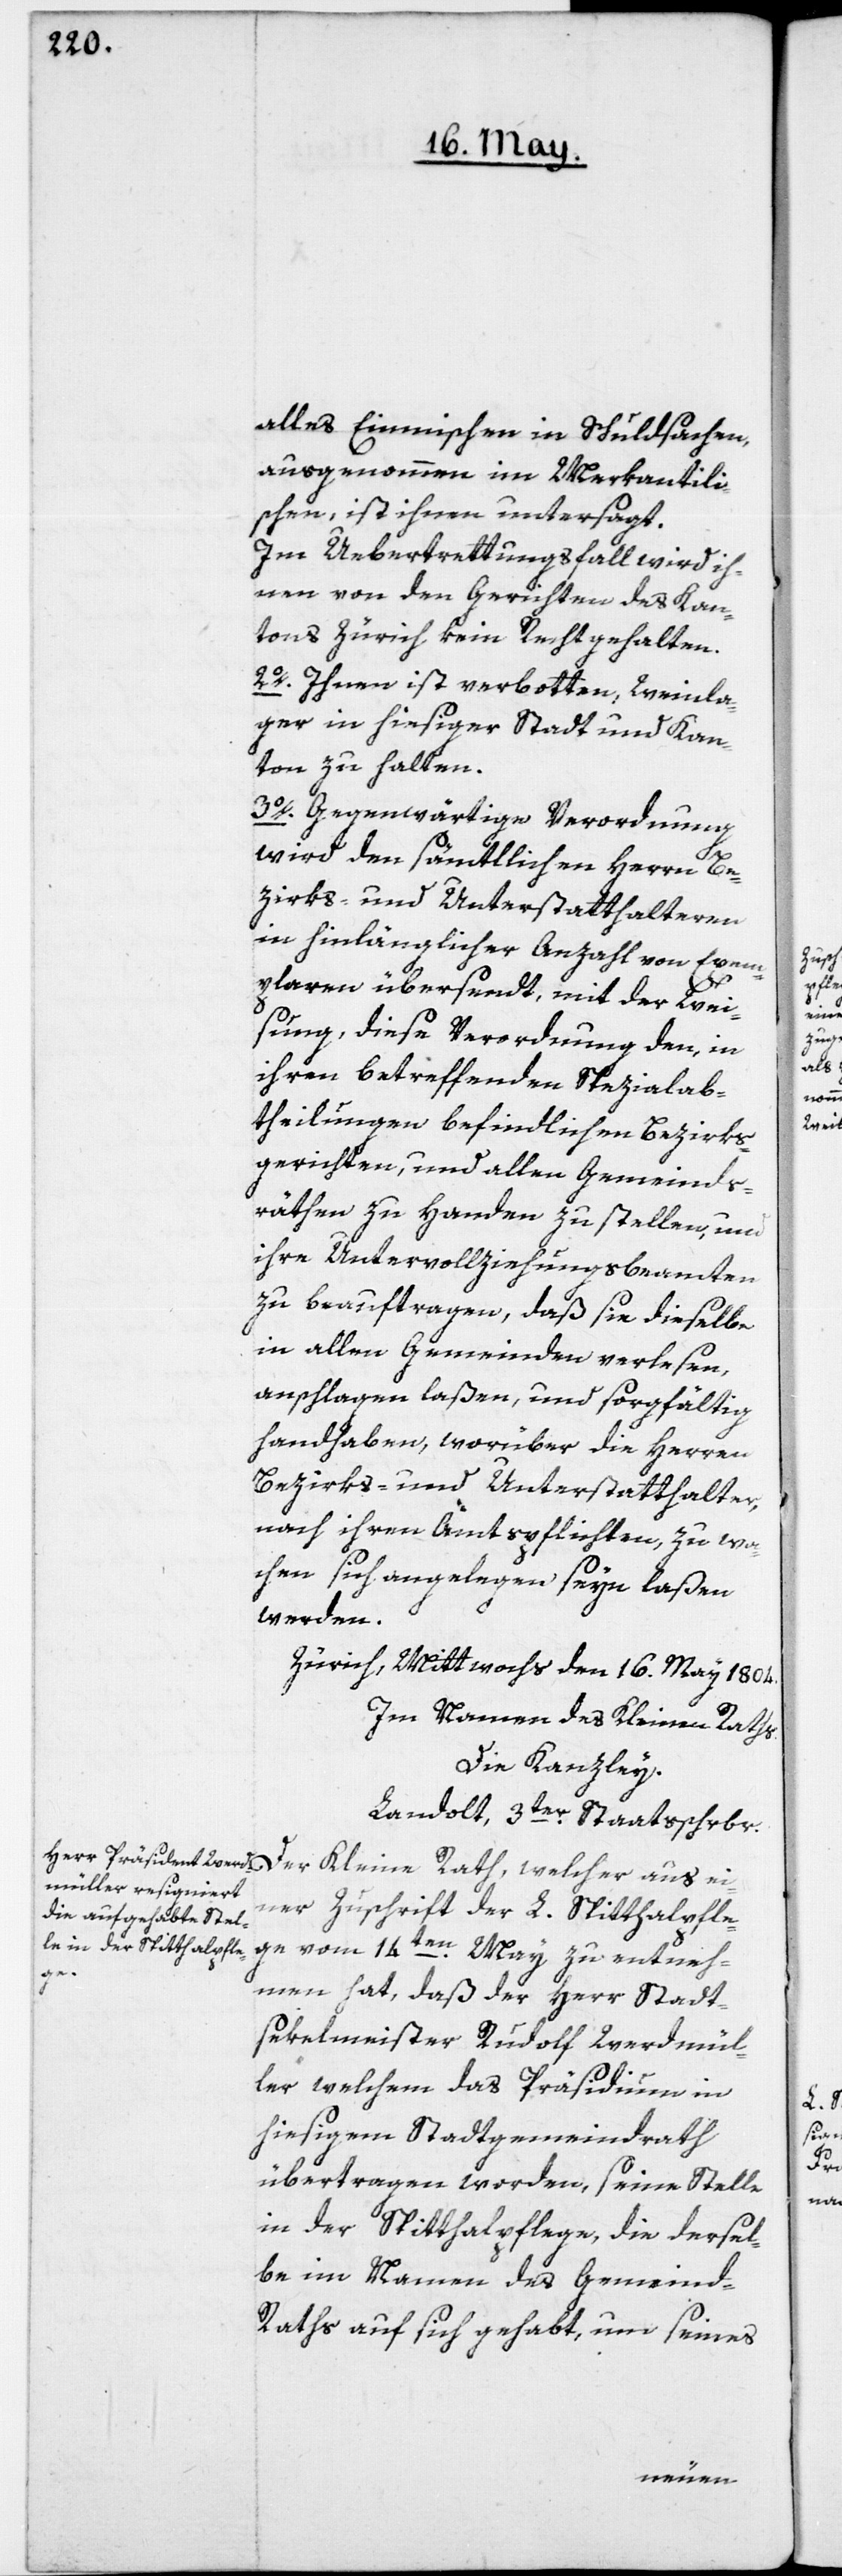
alles Einmischen in Schuldsachen,
ausgenommen im Merkantili¬
schen, ist ihnen untersagt.
Im Uebertrettungsfall wird ih¬
nen von den Gerichten des Kan¬
tons Zürich kein Recht gehalten.
2o. Ihnen ist verbotten, Weinla¬
ger in hiesiger Stadt und Kan¬
ton zu halten.
3o. Gegenwärtige Verordnung
wird den sämtlichen Herrn Be¬
zirks- und Unterstatthalteren
in hinlänglicher Anzahl von Exem¬
plaren übersendt, mit der Wei¬
sung, diese Verordnung den, in
ihren betreffenden Spezialab¬
theilungen befindlichen Bezirks¬
gerichten, und allen Gemeinds¬
räthen zu Handen zu stellen, und
ihre Untervollziehungsbeamten
zu beauftragen, daß sie dieselbe
in allen Gemeinden verlesen,
anschlagen laßen, und sorgfältig
handhaben, worüber die Herren
Bezirks- und Unterstatthalterm
nach ihren Amtspflichten, zu wa¬
chen sich angelegen seyn laßen
werden.
Zürich, Mittwoch den 16. May 1804.
Im Namen des Kleinen Raths.
die Kanzley.
Landolt, 3ter Staatsschrbr.
Der Kleine Rath, welcher aus ei¬
ner Zuschrift der L. Spitthalpfle¬
ge vom 14ten May zu entneh¬
men hat, daß der Herr Stadt¬
sekelmeister Rudolf Werdmül¬
ler, welchem das Präsidium in
hiesigem Stadtgemeindrath
übertragen worden, seine Stelle
in der Spitthalpflege, die dersel¬
be im Namen des Gemeind-R¬
aths auf sich gehabt, um seines